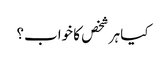
کیا ہر شخص کا خواب؟